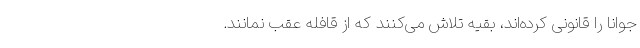
‌جوانا را قانونی کرده‌اند، بقیه تلاش می‌کنند که از قافله عقب نمانند.